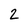
Character: 2